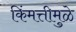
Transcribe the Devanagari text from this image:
किंमत्तीमुळे